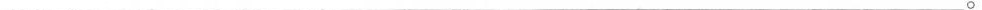
___。